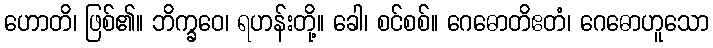
ဟောတိ၊ ဖြစ်၏။ ဘိက္ခဝေ၊ ရဟန်းတို့။ ခေါ၊ စင်စစ်။ ဂေဓောတိဧတံ၊ ဂေဓောဟူသော